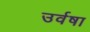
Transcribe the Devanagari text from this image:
उर्वषा